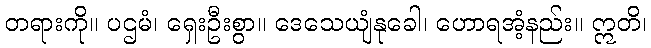
တရားကို။ ပဌမံ၊ ရှေးဦးစွာ။ ဒေသေယျံနုခေါ၊ ဟောရအံ့နည်း။ ဣတိ၊